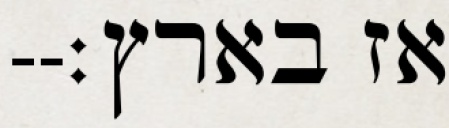
אז בארץ׃--